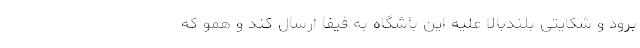
برود و شکایتی بلندبالا علیه این باشگاه به فیفا ارسال کند و همو که